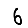
Digit: 6